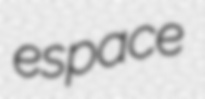
espace